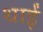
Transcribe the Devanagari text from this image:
थाईं